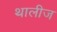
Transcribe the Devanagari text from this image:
थालीज